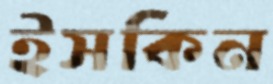
ইসকিন